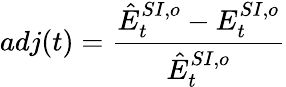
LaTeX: adj(t)=\frac{\hat{E}_{t}^{SI,o}-E_{t}^{SI,o}}{\hat{E}_{t}^{SI,o}}